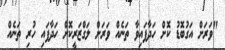
"ވަރަށް އަގުބޮޑު ކޮށް ހަދާފައިވާ ތަނެއް ވަރަށް ލަގްޒަރީކޮށް ހަދާފައި ހުރި ތަނެއް